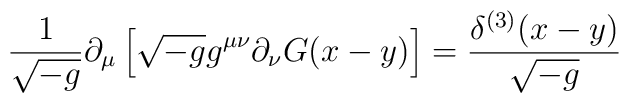
{\frac {1} {\sqrt{-g}}} \partial_{\mu}\left[ \sqrt{-g} g^{\mu \nu}\partial_{\nu}G(x-y)\right] = {\frac {\delta^{(3)}(x-y)} {\sqrt{-g}}}\\